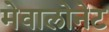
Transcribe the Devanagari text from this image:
मेवालोनेट